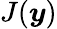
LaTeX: J(\boldsymbol{y})